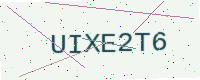
Text: UIXE2T6